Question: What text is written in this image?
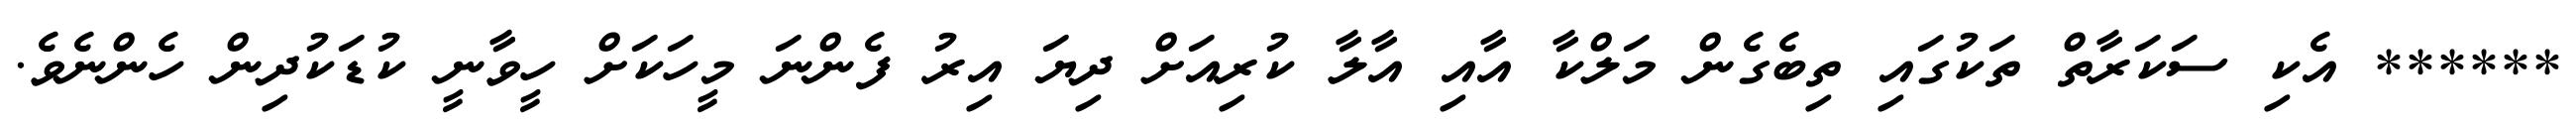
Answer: ****** އެކި ސަކަރާތް ތަކުގައި ތިބެގެން މަލްކާ އާއި އާލާ ކުރިއަށް ދިޔަ އިރު ފެންނަ މީހަކަށް ހީވާނީ ކުޑަކުދިން ހެންނެވެ.